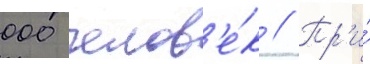
000 челов'е́к // Пр'и́